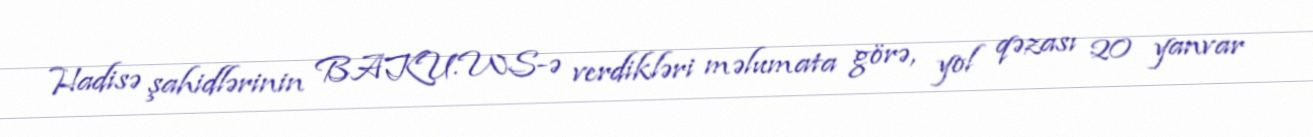
Hadisə şahidlərinin BAKU.WS-ə verdikləri məlumata görə, yol qəzası 20 yanvar